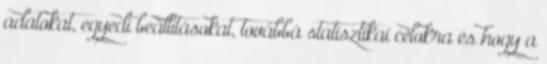
adatokat, egyedi beállításokat, továbbá statisztikai célokra és hogy a